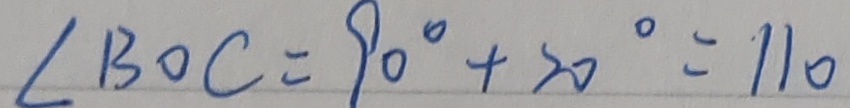
\angle B O C = 9 0 ^ { \circ } + 2 0 ^ { \circ } = 1 1 0